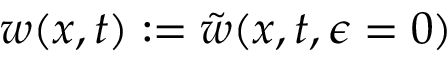
w ( x , t ) : = \tilde { w } ( x , t , \epsilon = 0 )